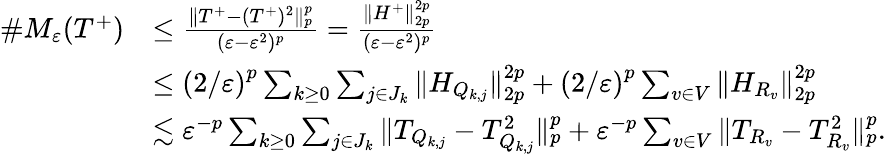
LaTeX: \begin{array}{rl}{\# M_{\varepsilon}(T^{+})}&{\le\frac{\| T^{+}-(T^{+})^{2}\| _{p}^{p}}{(\varepsilon-\varepsilon^{2})^{p}}=\frac{\| H^{+}\| _{2p}^{2p}}{(\varepsilon-\varepsilon^{2})^{p}}}\\ &{\le\left({2}/{\varepsilon}\right)^{p}\sum_{k\ge 0}\sum_{j\in J_{k}}\| H_{Q_{k,j}}\| _{2p}^{2p}+\left({2}/{\varepsilon}\right)^{p}\sum_{v\in V}\| H_{R_{v}}\| _{2p}^{2p}}\\ &{\lesssim\varepsilon^{-p}\sum_{k\ge 0}\sum_{j\in J_{k}}\| T_{Q_{k,j}}-T_{Q_{k,j}}^{2}\| _{p}^{p}+\varepsilon^{-p}\sum_{v\in V}\| T_{R_{v}}-T_{R_{v}}^{2}\| _{p}^{p}.}\end{array}